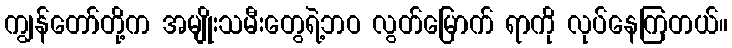
ကျွန်တော်တို့က အမျိုးသမီးတွေရဲ့ဘဝ လွတ်မြောက် ရာကို လုပ်နေကြတယ်။